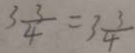
3 \frac { 3 } { 4 } = 3 \frac { 3 } { 4 }